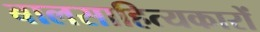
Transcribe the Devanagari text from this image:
बालसाहित्‍यकारों